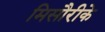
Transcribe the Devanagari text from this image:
मिसौरीके